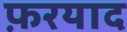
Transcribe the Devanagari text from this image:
फ़रयाद